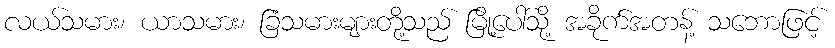
လယ်သမား၊ ယာသမား၊ ခြံသမားများတို့သည် မြို့ပေါ်သို့ အခိုက်အတန့် သဘောဖြင့်